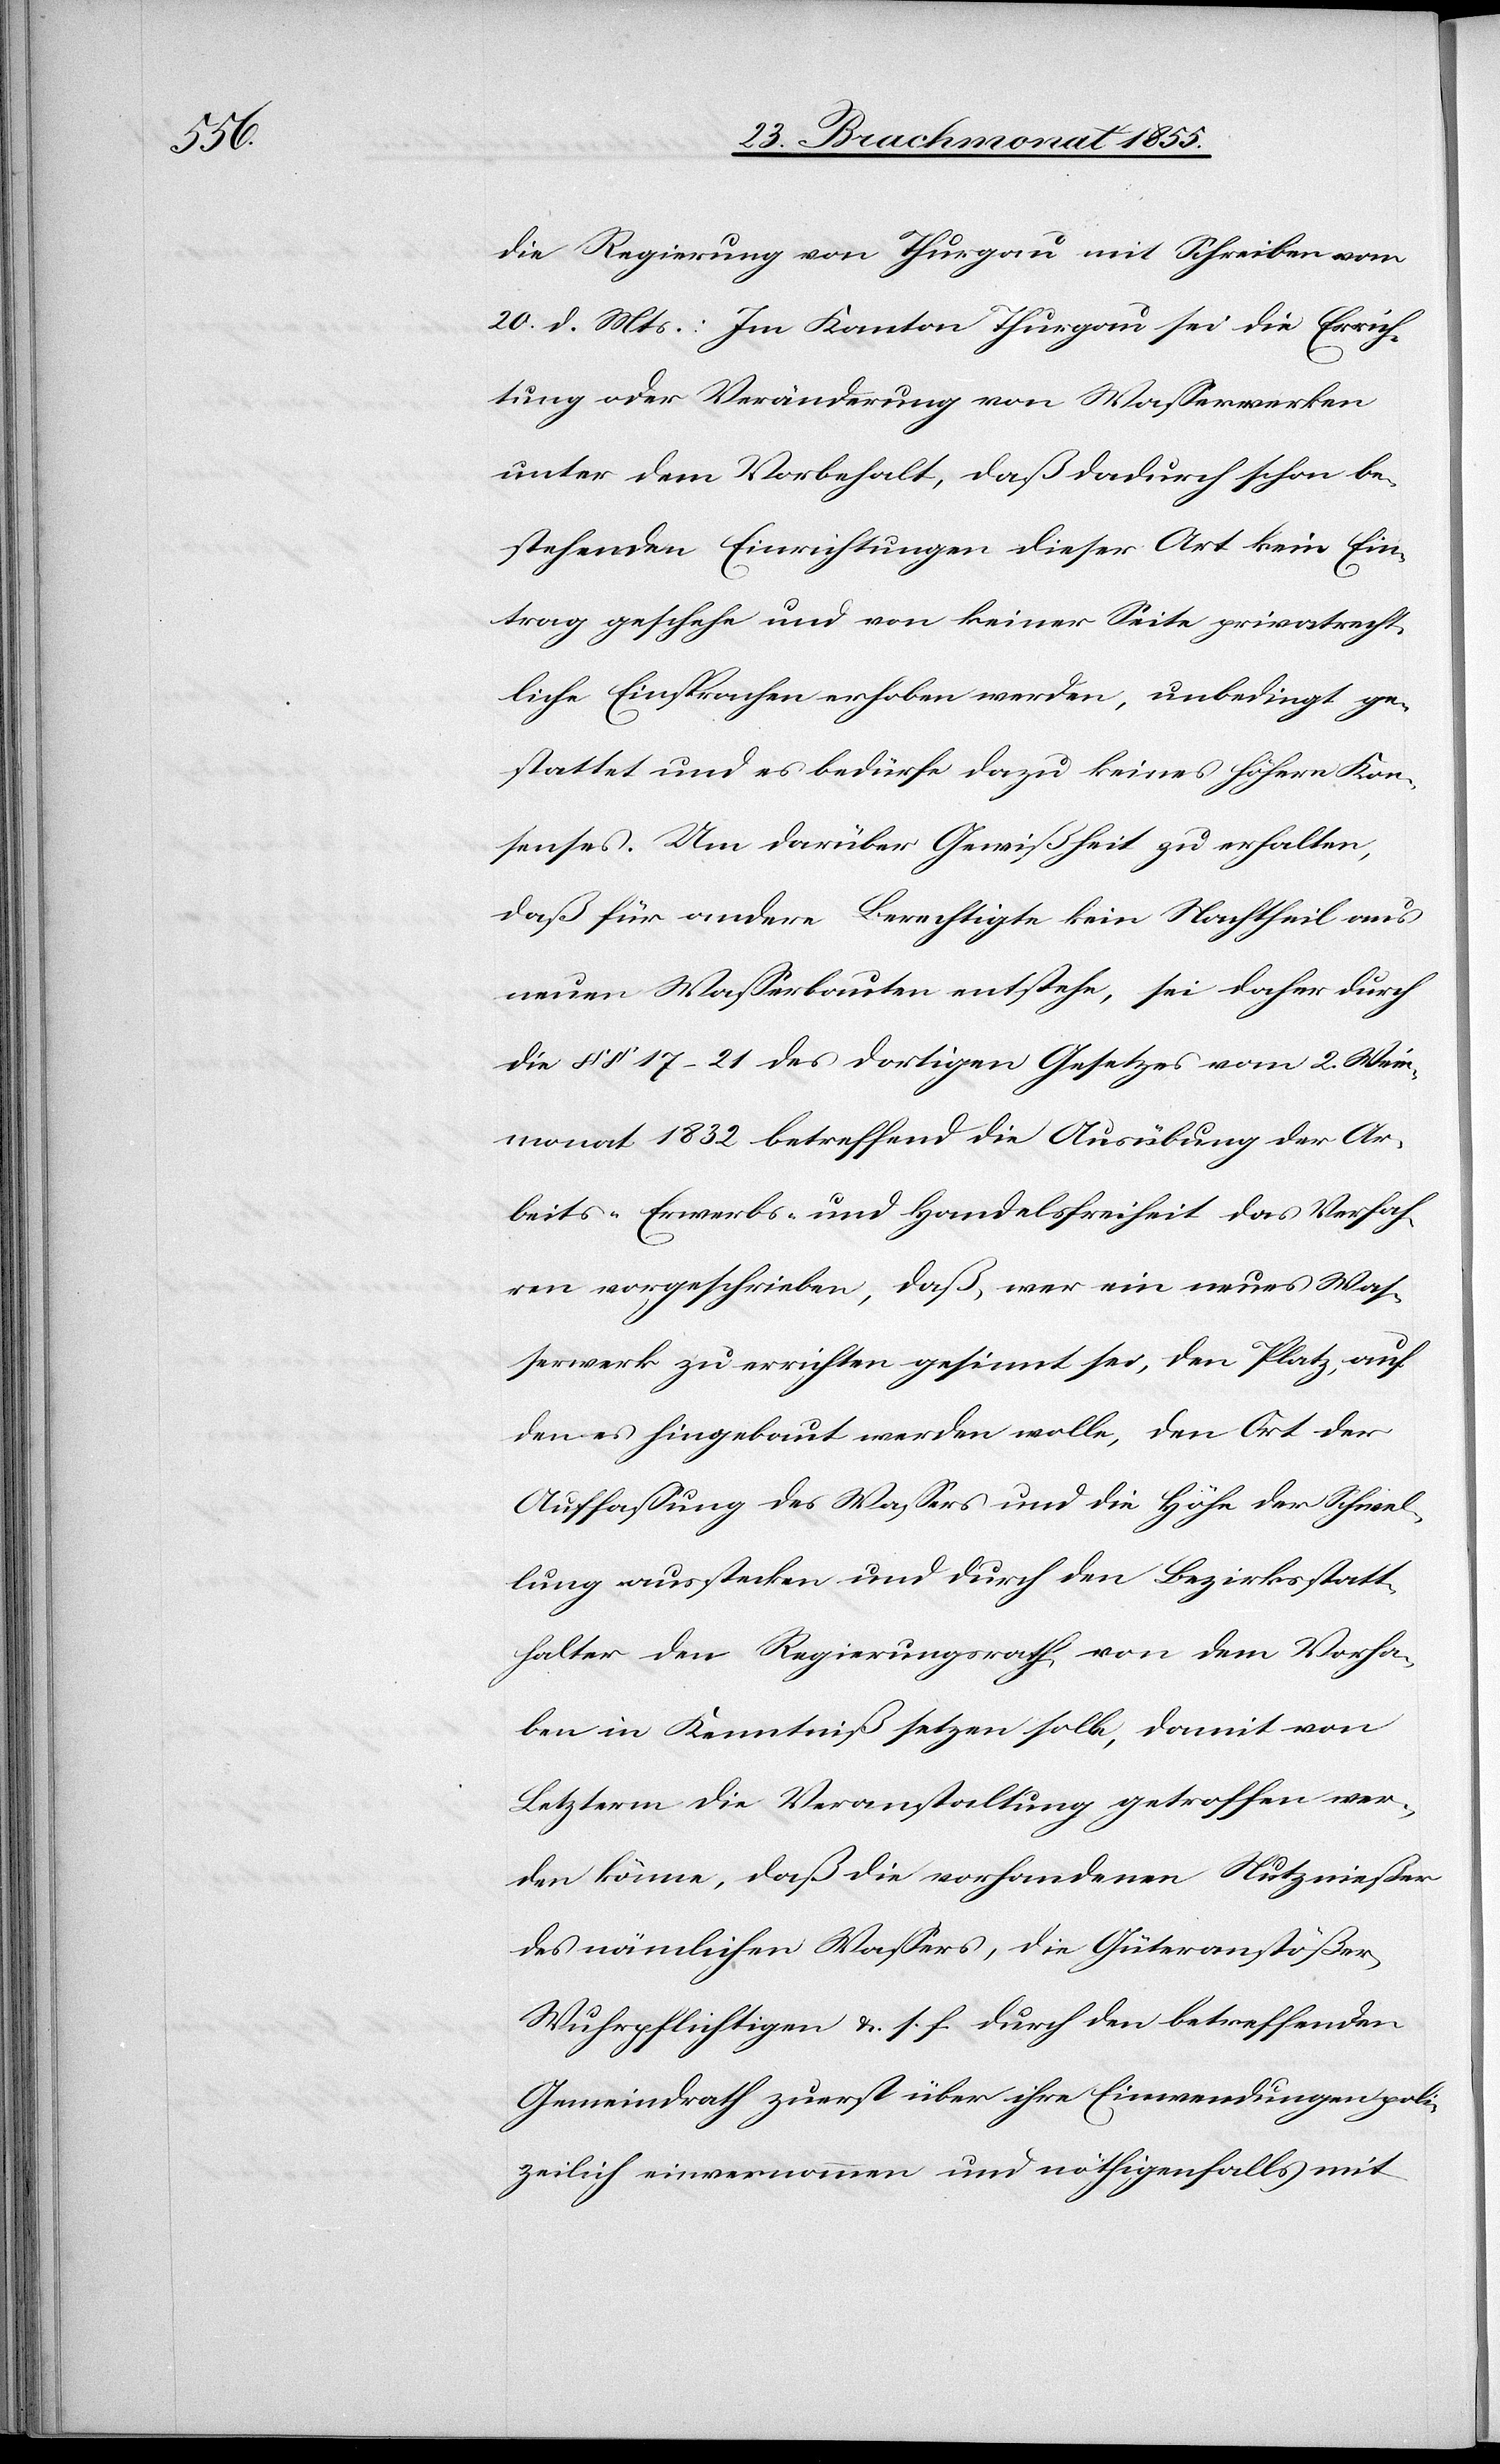
die Regierung von Thurgau mit Schreiben vom
20. d. Mts.: Im Kanton Thurgau sei die Errich¬
tung oder Veränderung von Wasserwerken
unter dem Vorbehalt, daß dadurch schon be¬
stehenden Einrichtungen dieser Art kein Ein¬
trag geschehe und von keiner Seite privatrecht¬
liche Einsprachen erhoben werden, unbedingt ge¬
stattet und es bedürfe dazu keines höhern Kon¬
senses. Um darüber Gewißheit zu erhalten,
daß für andere Berechtigte kein Nachtheil aus
neuen Wasserbauten entstehe, sei daher durch
die §§ 17–21 des dortigen Gesetzes vom 2. Wein¬
monat 1832 betreffend die Ausübung der Ar¬
beits-[,] Erwerbs- und Handelsfreiheit das Verfah¬
ren vorgeschrieben, daß, wer ein neues Was¬
serwerk zu errichten gesinnt sei, den Platz, auf
den es hingebaut werden wolle, den Ort der
Auffassung des Wassers und die Höhe der Schwel¬
lung ausstecken und durch den Bezirksstatt¬
halter den Regierungsrath von dem Vorha¬
ben in Kenntniß setzen solle, damit von
Letzterm die Veranstaltung getroffen wer¬
den könne, daß die vorhandenen Nutznießer
des nämlichen Wassers, die Güteranstößer,
Wuhrpflichtigen &. s. f. durch den betreffenden
Gemeindrath zuerst über ihre Einwendungen poli¬
zeilich einvernommen und nöthigenfalls mit